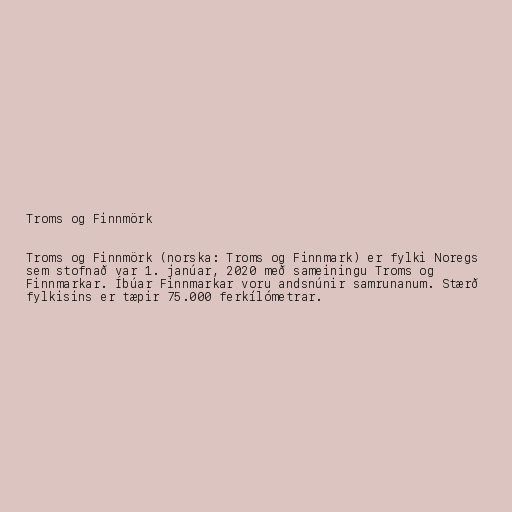
Troms og Finnmörk

Troms og Finnmörk (norska: Troms og Finnmark) er fylki Noregs
sem stofnað var 1. janúar, 2020 með sameiningu Troms og
Finnmarkar. Íbúar Finnmarkar voru andsnúnir samrunanum. Stærð
fylkisins er tæpir 75.000 ferkílómetrar.